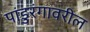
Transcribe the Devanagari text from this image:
पांडुरंगावरील